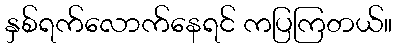
နှစ်ရက်လောက်နေရင် ကပြကြတယ်။